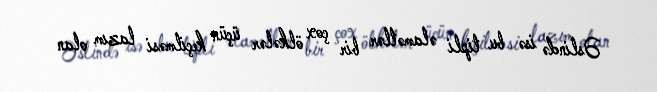
Əslində isə bu tipli əlamətlər bir çox ölkələr üçün keçilməsi lazım olan